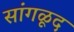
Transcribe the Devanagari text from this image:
सांगळूद